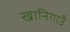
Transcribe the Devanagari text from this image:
खानिगाउँ